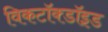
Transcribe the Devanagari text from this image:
विकटॉक्डॉइड